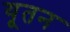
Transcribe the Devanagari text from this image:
यूतन